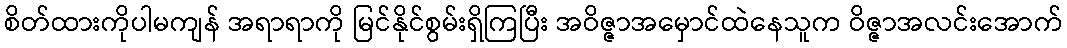
စိတ်ထားကိုပါမကျန် အရာရာကို မြင်နိုင်စွမ်းရှိကြပြီး အဝိဇ္ဇာအမှောင်ထဲနေသူက ဝိဇ္ဇာအလင်းအောက်